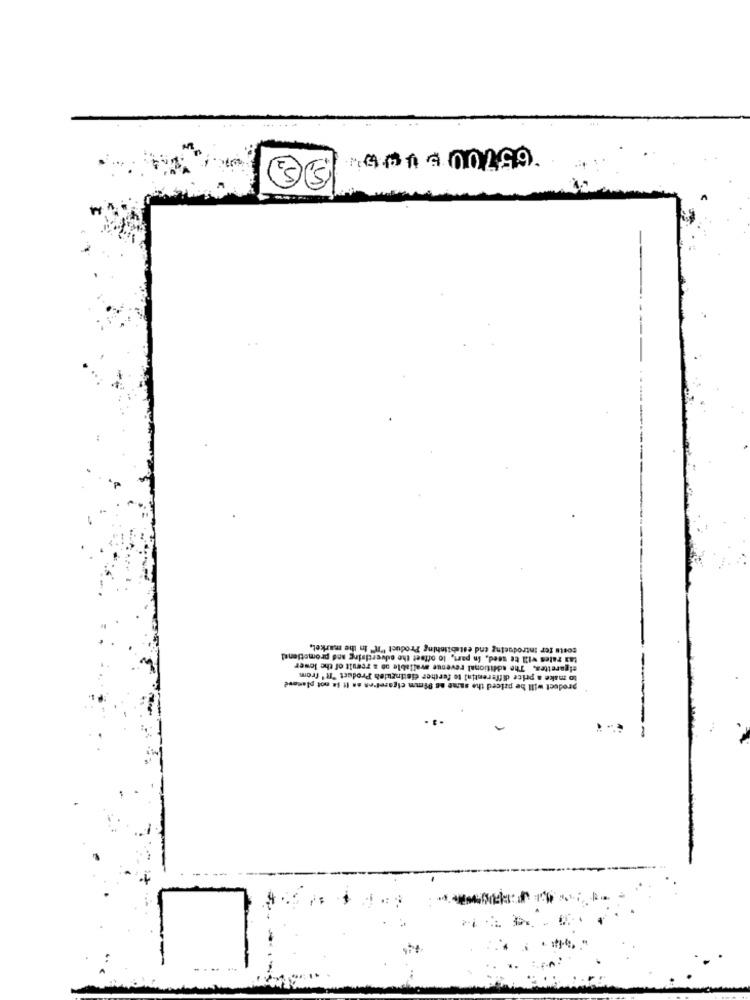
65700 5 005
costs for introducing end establishing Product "IN" in the market,
tax rates will te seed, in part, lo offset the advertising and promotiondi
cigarettes. The additional revenue available as a result of the lower
product will be priced the same as 8imm cigaret'en an It Se not planned
to make a price differential to further distinguish Product "R' from
.3